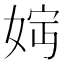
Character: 𡝏